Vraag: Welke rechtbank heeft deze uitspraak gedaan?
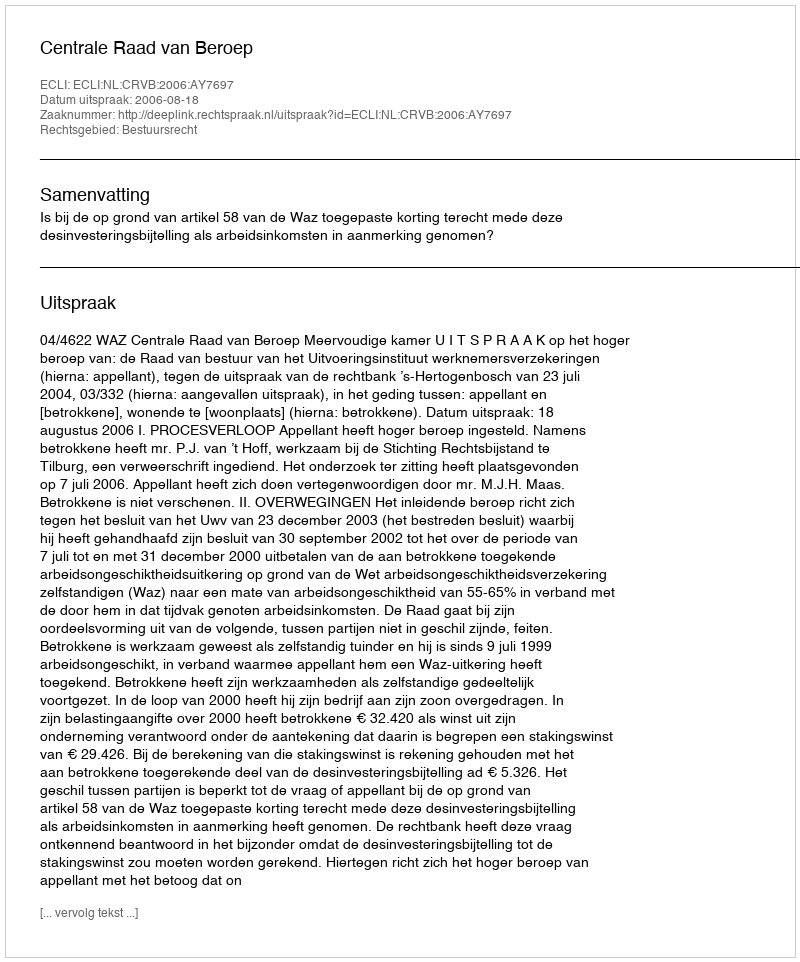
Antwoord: Centrale Raad van Beroep